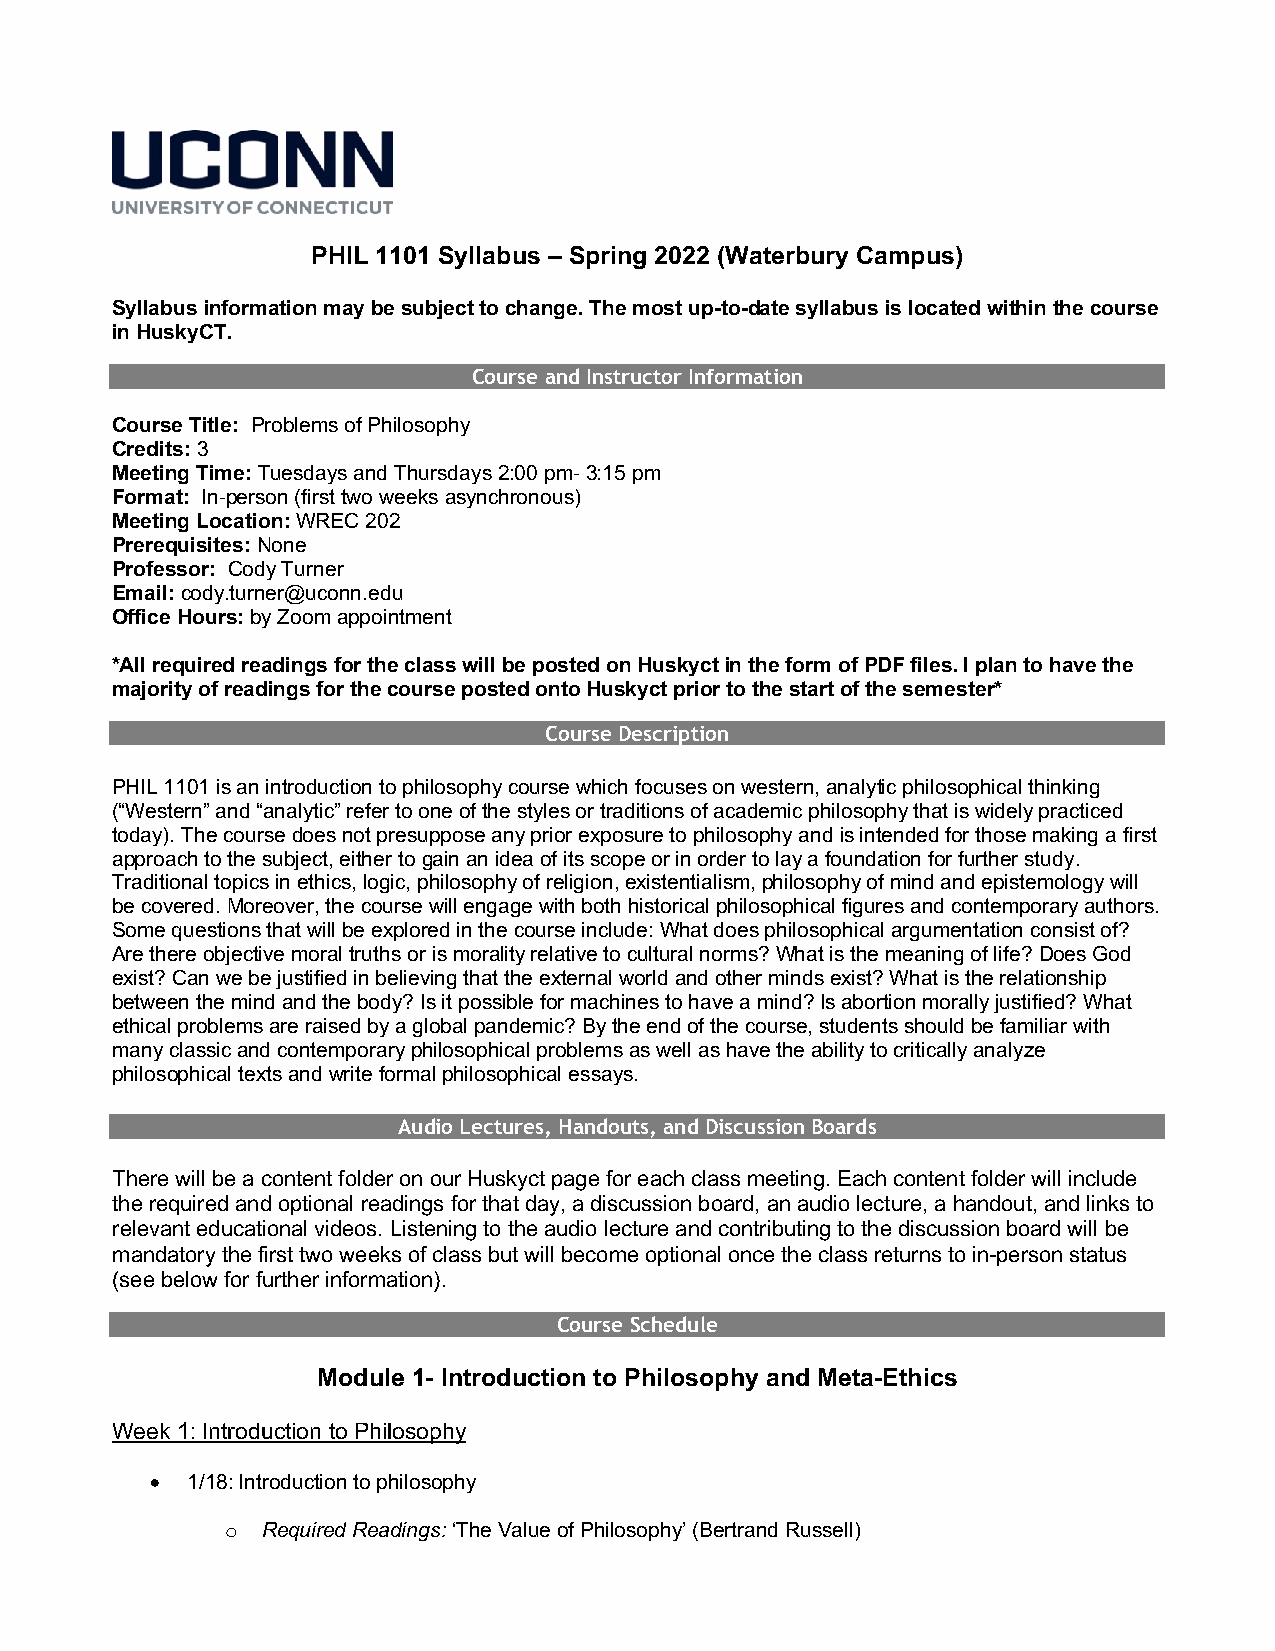
PHIL 1101 Syllabus – Spring 2022 (Waterbury Campus)
 Syllabus information may be subject to change. The most up-to-date syllabus is located within the course
 in HuskyCT.
 Course and Instructor Information
 Course Title: Problems of Philosophy
 Credits: 3
 Meeting Time: Tuesdays and Thursdays 2:00 pm- 3:15 pm
 Format: In-person (first two weeks asynchronous)
 Meeting Location: WREC 202
 Prerequisites: None
 Professor: Cody Turner
 Email: cody.turner@uconn.edu
 Office Hours: by Zoom appointment
 *All required readings for the class will be posted on Huskyct in the form of PDF files. I plan to have the
 majority of readings for the course posted onto Huskyct prior to the start of the semester*
 Course Description
 PHIL 1101 is an introduction to philosophy course which focuses on western, analytic philosophical thinking
 (“Western” and “analytic” refer to one of the styles or traditions of academic philosophy that is widely practiced
 today). The course does not presuppose any prior exposure to philosophy and is intended for those making a first
 approach to the subject, either to gain an idea of its scope or in order to lay a foundation for further study.
 Traditional topics in ethics, logic, philosophy of religion, existentialism, philosophy of mind and epistemology will
 be covered. Moreover, the course will engage with both historical philosophical figures and contemporary authors.
 Some questions that will be explored in the course include: What does philosophical argumentation consist of?
 Are there objective moral truths or is morality relative to cultural norms? What is the meaning of life? Does God
 exist? Can we be justified in believing that the external world and other minds exist? What is the relationship
 between the mind and the body? Is it possible for machines to have a mind? Is abortion morally justified? What
 ethical problems are raised by a global pandemic? By the end of the course, students should be familiar with
 many classic and contemporary philosophical problems as well as have the ability to critically analyze
 philosophical texts and write formal philosophical essays.
 Audio Lectures, Handouts, and Discussion Boards
 There will be a content folder on our Huskyct page for each class meeting. Each content folder will include
 the required and optional readings for that day, a discussion board, an audio lecture, a handout, and links to
 relevant educational videos. Listening to the audio lecture and contributing to the discussion board will be
 mandatory the first two weeks of class but will become optional once the class returns to in-person status
 (see below for further information).
 Course Schedule
 Module 1- Introduction to Philosophy and Meta-Ethics
 Week 1: Introduction to Philosophy
 • 1/18: Introduction to philosophy
 o Required Readings: ‘The Value of Philosophy’ (Bertrand Russell)